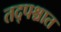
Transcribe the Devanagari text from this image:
तद्पश्चात